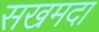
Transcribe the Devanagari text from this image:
सखमदा